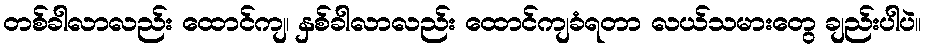
တစ်ခါလာလည်း ထောင်ကျ၊ နှစ်ခါလာလည်း ထောင်ကျခံရတာ လယ်သမားတွေ ချည်းပါပဲ။